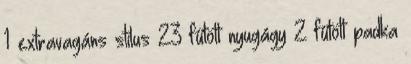
1 extravagáns stílus 23 fűtött nyugágy 2 fűtött padka